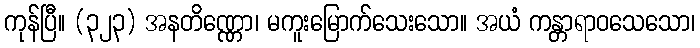
ကုန်ပြီ။ (၃၂၃) အနတိဏ္ဏော၊ မကူးမြောက်သေးသော။ အယံ ကန္တာရာဝသေသော၊